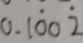
0 . 1 \dot { 0 } 0 \dot { 2 }